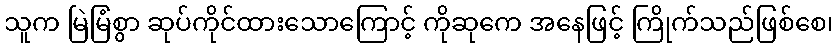
သူက မြဲမြံစွာ ဆုပ်ကိုင်ထားသောကြောင့် ကိုဆုကေ အနေဖြင့် ကြိုက်သည်ဖြစ်စေ၊